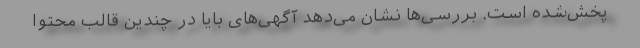
پخش‌شده است. بررسی‌ها نشان می‌دهد آگهی‌های بایا در چندین قالب محتوا